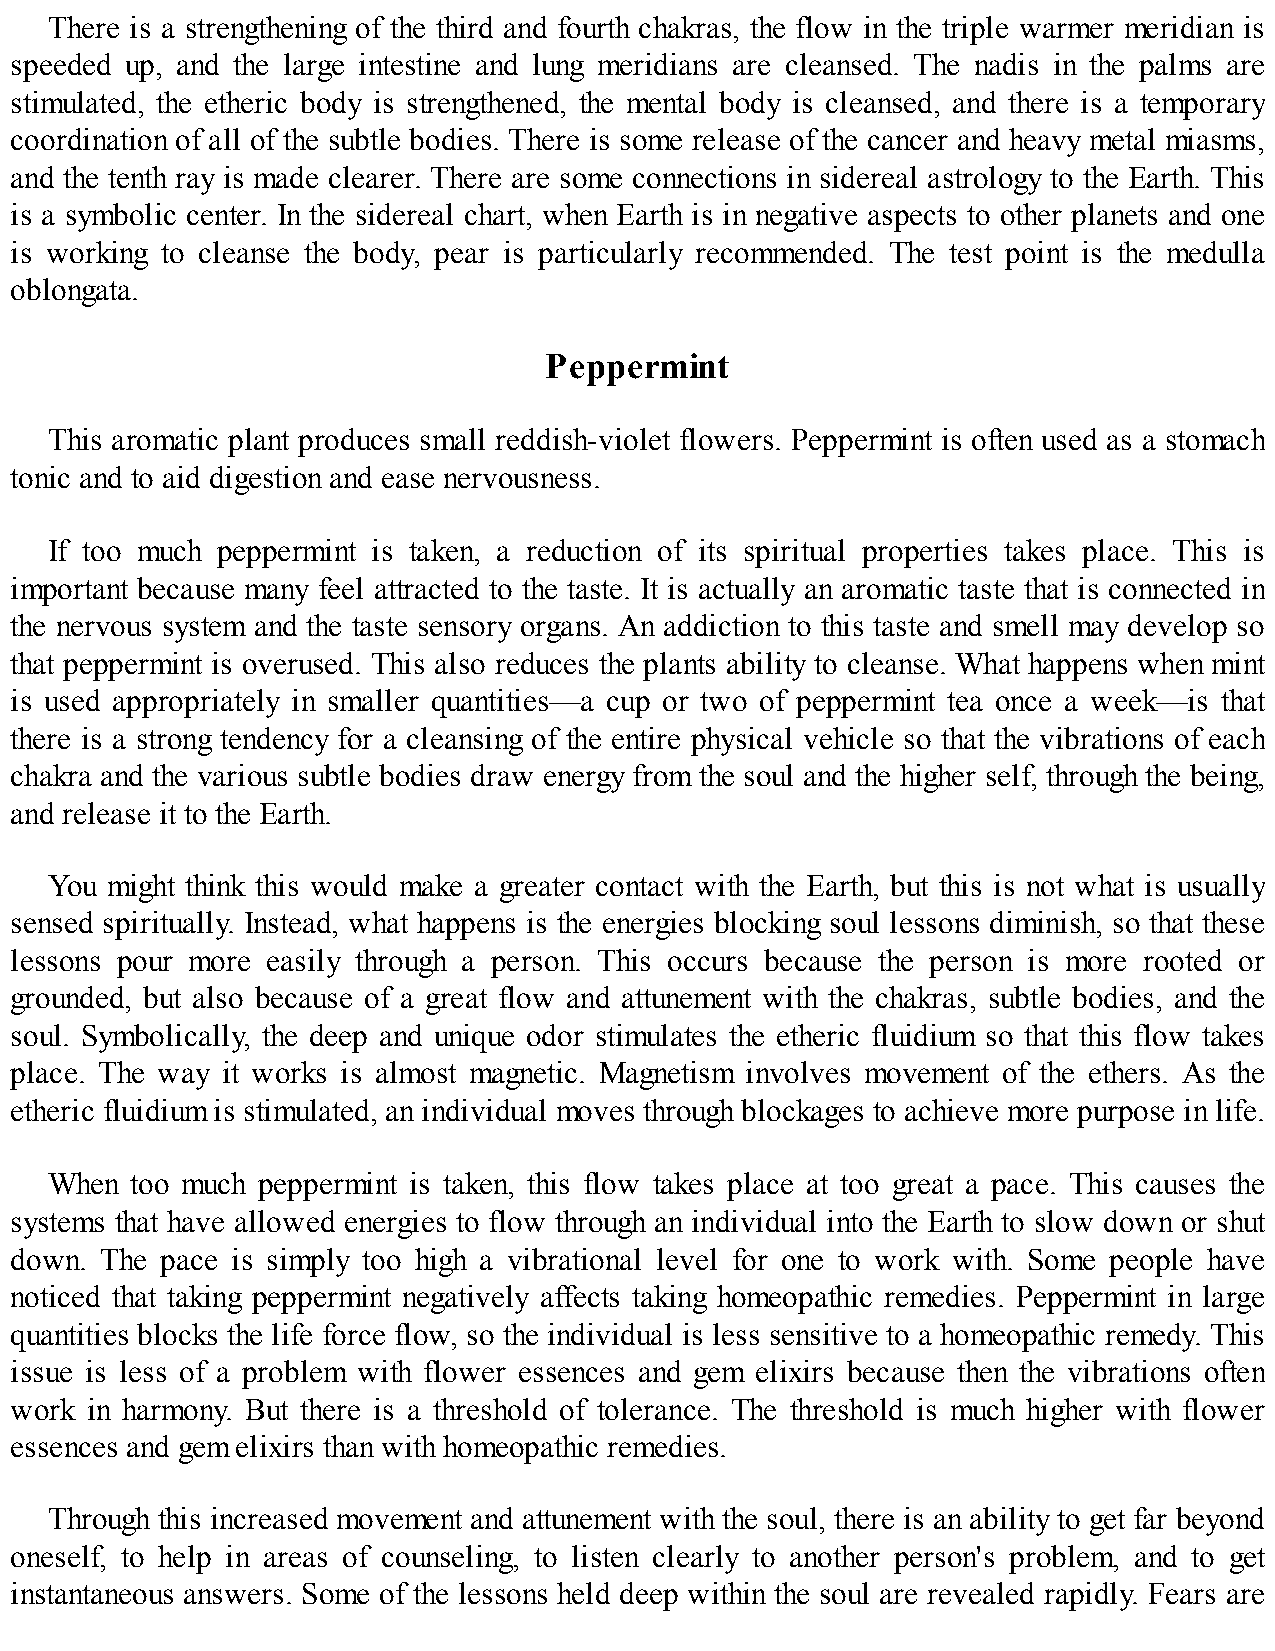
There is a strengthening of the third and fourth chakras, the flow in the triple warmer meridian is
 speeded up, and the large intestine and lung meridians are cleansed. The nadis in the palms are
 stimulated, the etheric body is strengthened, the mental body is cleansed, and there is a temporary
 coordination of all of the subtle bodies. There is some release of the cancer and heavy metal miasms,
 and the tenth ray is made clearer. There are some connections in sidereal astrology to the Earth. This
 is a symbolic center. In the sidereal chart, when Earth is in negative aspects to other planets and one
 is working to cleanse the body, pear is particularly recommended. The test point is the medulla
 oblongata.
 Peppermint
 This aromatic plant produces small reddish-violet flowers. Peppermint is often used as a stomach
 tonic and to aid digestion and ease nervousness.
 If too much peppermint is taken, a reduction of its spiritual properties takes place. This is
 important because many feel attracted to the taste. It is actually an aromatic taste that is connected in
 the nervous system and the taste sensory organs. An addiction to this taste and smell may develop so
 that peppermint is overused. This also reduces the plants ability to cleanse. What happens when mint
 is used appropriately in smaller quantities—a cup or two of peppermint tea once a week—is that
 there is a strong tendency for a cleansing of the entire physical vehicle so that the vibrations of each
 chakra and the various subtle bodies draw energy from the soul and the higher self, through the being,
 and release it to the Earth.
 You might think this would make a greater contact with the Earth, but this is not what is usually
 sensed spiritually. Instead, what happens is the energies blocking soul lessons diminish, so that these
 lessons pour more easily through a person. This occurs because the person is more rooted or
 grounded, but also because of a great flow and attunement with the chakras, subtle bodies, and the
 soul. Symbolically, the deep and unique odor stimulates the etheric fluidium so that this flow takes
 place. The way it works is almost magnetic. Magnetism involves movement of the ethers. As the
 etheric fluidium is stimulated, an individual moves through blockages to achieve more purpose in life.
 When  too much peppermint is taken, this flow takes place at too great a pace. This causes the
 systems that have allowed energies to flow through an individual into the Earth to slow down or shut
 down. The pace is simply too high a vibrational level for one to work with. Some people have
 noticed that taking peppermint negatively affects taking homeopathic remedies. Peppermint in large
 quantities blocks the life force flow, so the individual is less sensitive to a homeopathic remedy. This
 issue is less of a problem with flower essences and gem elixirs because then the vibrations often
 work in harmony. But there is a threshold of tolerance. The threshold is much higher with flower
 essences and gem elixirs than with homeopathic remedies.
 Through this increased movement and attunement with the soul, there is an ability to get far beyond
 oneself, to help in areas of counseling, to listen clearly to another person's problem, and to get
 instantaneous answers. Some of the lessons held deep within the soul are revealed rapidly. Fears are